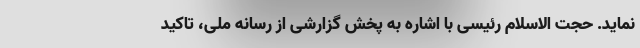
نماید. حجت الاسلام رئیسی با اشاره به پخش گزارشی از رسانه ملی، تاکید